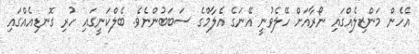
އެހެން މަންޒިލެއްގައި ނޯރާއަށް ހޭލެވުނީ އޭނަގެ އެލާމްގެ ސަބަބުންނެވެ. ބެލްކަނީގައި ހުރި ގޮނޑިއެއްގައި